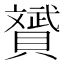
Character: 贇